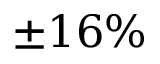
\pm 1 6 \%